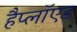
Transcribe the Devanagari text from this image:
हैप्लॉएड